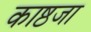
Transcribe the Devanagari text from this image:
काष्ठजा